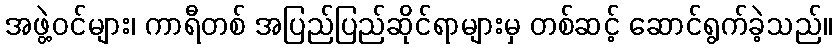
အဖွဲ့ဝင်များ၊ ကာရီတစ် အပြည်ပြည်ဆိုင်ရာများမှ တစ်ဆင့် ဆောင်ရွက်ခဲ့သည်။